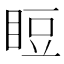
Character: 𥆖